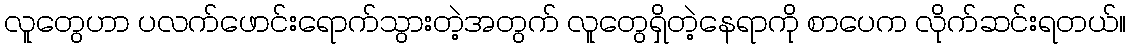
လူတွေဟာ ပလက်ဖောင်းရောက်သွားတဲ့အတွက် လူတွေရှိတဲ့နေရာကို စာပေက လိုက်ဆင်းရတယ်။